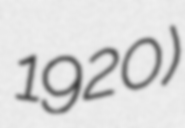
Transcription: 1920)